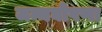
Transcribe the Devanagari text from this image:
जन्मघोषणा